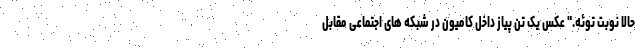
حالا نوبت توئه." عکس یک تن پیاز داخل کامیون در شبکه های اجتماعی مقابل